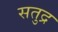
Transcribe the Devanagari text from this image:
सतुद्र